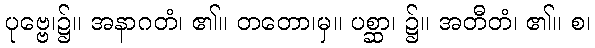
ပုဗ္ဗေ၊၌။ အနာဂတံ၊ ၏။ တတော၊မှ။ ပစ္ဆာ၊ ၌။ အတီတံ၊ ၏။ စ၊